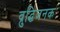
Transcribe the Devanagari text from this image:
व्रुद्धिजनक